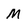
Character: M